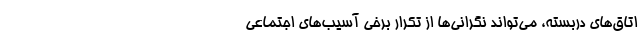
اتاق‌های دربسته، می‌تواند نگرانی‌ها از تکرار برخی آسیب‌های اجتماعی